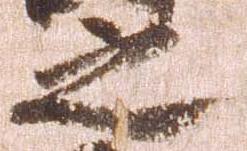
之